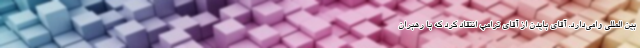
بین المللی وامی‌دارد. آقای بایدن از آقای ترامپ انتقاد کرد که با رهبران